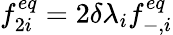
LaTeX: f_{2i}^{eq}=2\delta\lambda_{i}f_{-,i}^{eq}